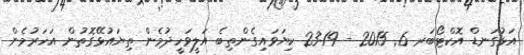
އަޅުގަނޑް އޮކްޓޯބަރ 6